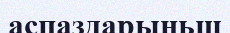
аспаздарыньщ